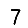
Digit: 7